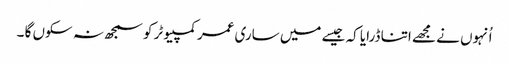
اُنہوں نے مجھے اتنا ڈرایا کہ جیسے میں ساری عمر کمپیوٹر کو سمجھ نہ سکوں گا ۔